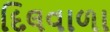
દિલવાળા